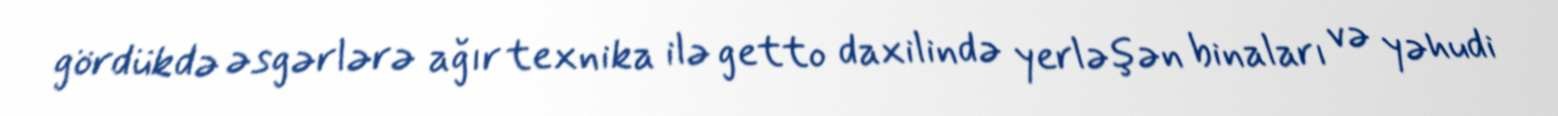
gördükdə əsgərlərə ağır texnika ilə getto daxilində yerləşən binaları və yəhudi